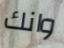
وانك